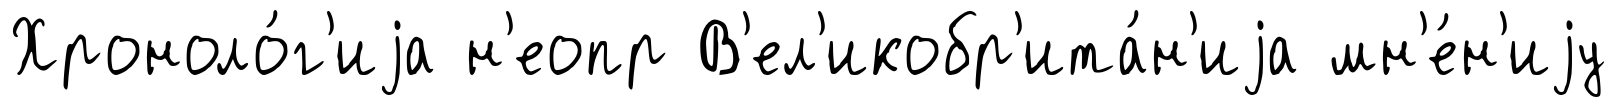
Хроноло́г'иjа н'еопр В'ел'икобр'ита́н'иjа мн'е́н'иjу